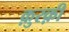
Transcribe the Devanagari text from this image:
क़ुरक़ी